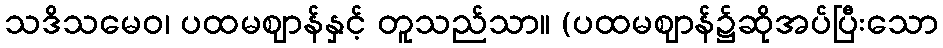
သဒိသမေဝ၊ ပထမဈာန်နှင့် တူသည်သာ။ (ပထမဈာန်၌ဆိုအပ်ပြီးသော